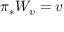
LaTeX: \pi _ { * } W _ { v } = v